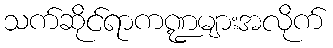
သက်ဆိုင်ရာကဏ္ဍများအလိုက်